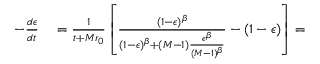
\begin{array} { r l } { - \frac { d \epsilon } { d t } } & { { } = \frac { 1 } { t + M r _ { 0 } } \left[ \frac { ( 1 - \epsilon ) ^ { \beta } } { ( 1 - \epsilon ) ^ { \beta } + ( M - 1 ) \frac { \epsilon ^ { \beta } } { ( M - 1 ) ^ { \beta } } } - ( 1 - \epsilon ) \right] = } \end{array}